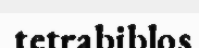
tetrabiblos